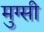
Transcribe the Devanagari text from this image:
मुग्सी